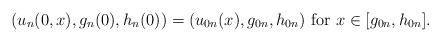
LaTeX: \begin{align*}(u_{n}(0,x), g_n(0), h_n(0))=(u_{0n}(x), g_{0n}, h_{0n}) \mbox{ for $x\in[g_{0n},h_{0n}]$.}\end{align*}